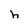
Character: h